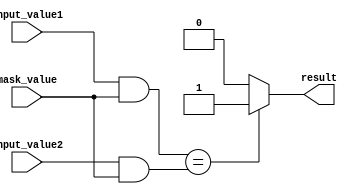
module masked_comparator (
    input [7:0] input_value1,
    input [7:0] input_value2,
    input [7:0] mask_value,
    output reg result
);

always @* begin
    result = ((input_value1 & mask_value) == (input_value2 & mask_value)) ? 1'b1 : 1'b0;
end

endmodule